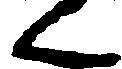
く